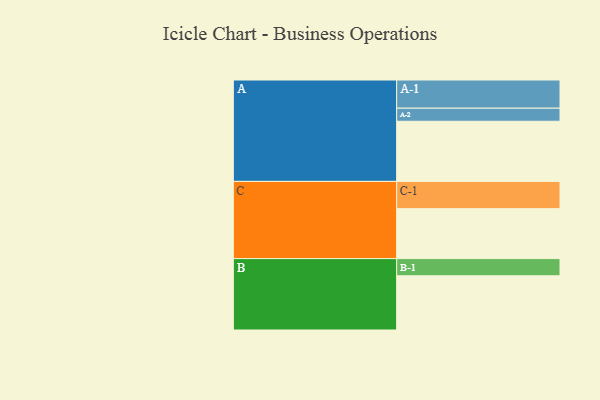
{"axis": {"x": "Segment", "y": "Value"}, "legend": ["", "A", "B", "C"], "data": [{"x": "A", "y": 497, "type": ""}, {"x": "B", "y": 448, "type": ""}, {"x": "C", "y": 413, "type": ""}, {"x": "A-1", "y": 233, "type": "A"}, {"x": "A-2", "y": 108, "type": "A"}, {"x": "B-1", "y": 142, "type": "B"}, {"x": "C-1", "y": 225, "type": "C"}]}